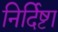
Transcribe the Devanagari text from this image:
निर्दिष्टा